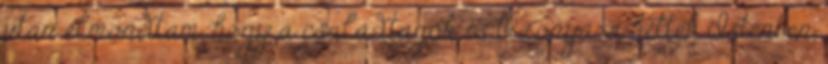
után elmondtam, hogy a családtagok is bizonyára hittek Istenben,